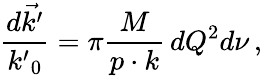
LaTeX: \frac{d\vec{k^{\prime}}}{{k^{\prime}}_{0}}=\pi\frac{M}{p\cdot k}\, dQ^{2}d\nu\, ,